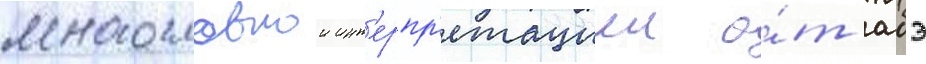
многословнои инт'ерпр'етациеи о́т абэ